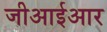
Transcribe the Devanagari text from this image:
जीआईआर